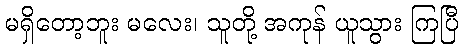
မရှိတော့ဘူး မလေး၊ သူတို့ အကုန် ယူသွား ကြပြီ